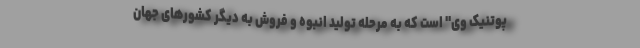
پوتنیک وی" است که به مرحله تولید انبوه و فروش به دیگر کشورهای جهان